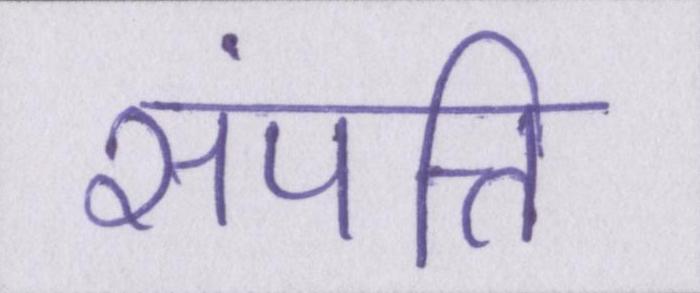
संपत्ति